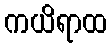
ကယိရာထ